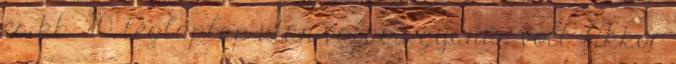
és kb. 20. téglaplap után valami gyanús volt. Akkor